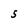
Character: S